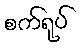
စက်ရုပ်